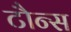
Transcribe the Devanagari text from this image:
टौन्स